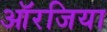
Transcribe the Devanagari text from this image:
ऑरजिया